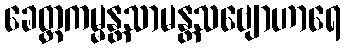
ခေတ္တကမ္မန္တသာမန္တသဗျောဟာရေ